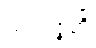
သာရဇ္ဇတိ